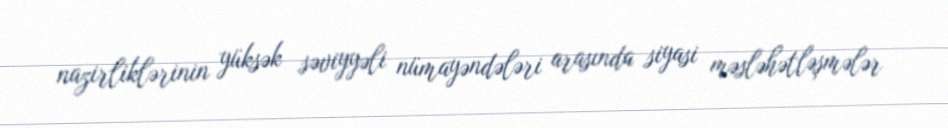
nazirliklərinin yüksək səviyyəli nümayəndələri arasında siyasi məsləhətləşmələr